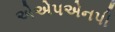
એએપએનપી